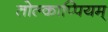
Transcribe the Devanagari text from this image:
तोल्काप्पियम्